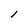
Character: l